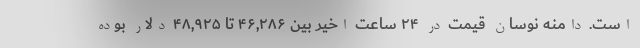
است. دامنه نوسان قیمت در ۲۴ ساعت اخیر بین ۴۶,۲۸۶ تا ۴۸,۹۲۵ دلار بوده